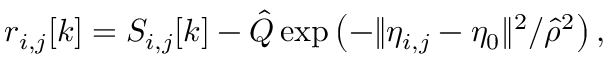
r _ { i , j } [ k ] = S _ { i , j } [ k ] - \hat { Q } \exp \left( - \Vert \eta _ { i , j } - \eta _ { 0 } \Vert ^ { 2 } / \hat { \rho } ^ { 2 } \right) ,